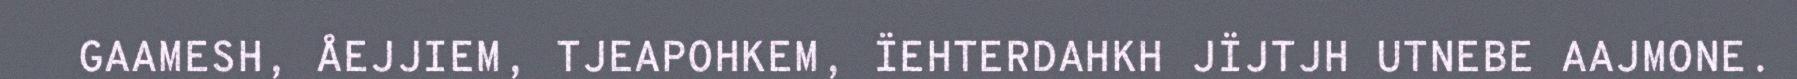
GAAMESH, ÅEJJIEM, TJEAPOHKEM, ÏEHTERDAHKH JÏJTJH UTNEBE AAJMONE.